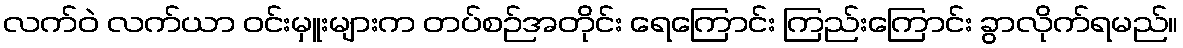
လက်ဝဲ လက်ယာ ဝင်းမှူးများက တပ်စဉ်အတိုင်း ရေကြောင်း ကြည်းကြောင်း ခွာလိုက်ရမည်။